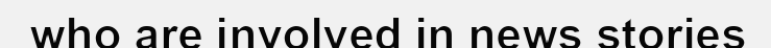
who are involved in news stories